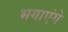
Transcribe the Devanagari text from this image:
भगाएंगे